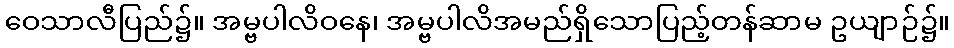
ဝေသာလီပြည်၌။ အမ္ဗပါလိဝနေ၊ အမ္ဗပါလိအမည်ရှိသောပြည့်တန်ဆာမ ဥယျာဉ်၌။